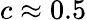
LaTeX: c\approx 0.5